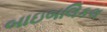
બાઇબલિકલ